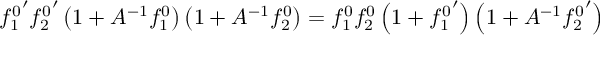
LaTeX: { f _ { 1 } ^ { 0 } } ^ { \prime } { f _ { 2 } ^ { 0 } } ^ { \prime } \left( 1 + A ^ { - 1 } f _ { 1 } ^ { 0 } \right) \left( 1 + A ^ { - 1 } f _ { 2 } ^ { 0 } \right) = f _ { 1 } ^ { 0 } f _ { 2 } ^ { 0 } \left( 1 + { f _ { 1 } ^ { 0 } } ^ { \prime } \right) \left( 1 + A ^ { - 1 } { f _ { 2 } ^ { 0 } } ^ { \prime } \right)